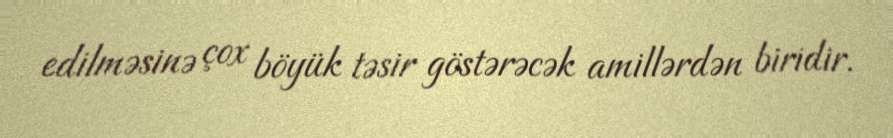
edilməsinə çox böyük təsir göstərəcək amillərdən biridir.